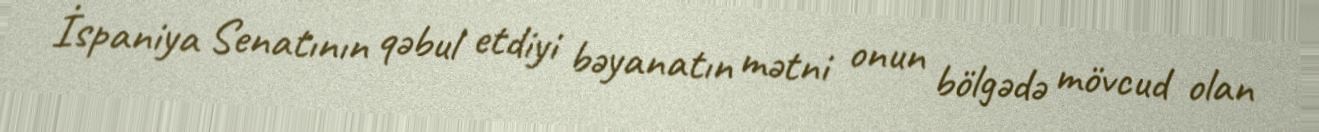
İspaniya Senatının qəbul etdiyi bəyanatın mətni onun bölgədə mövcud olan